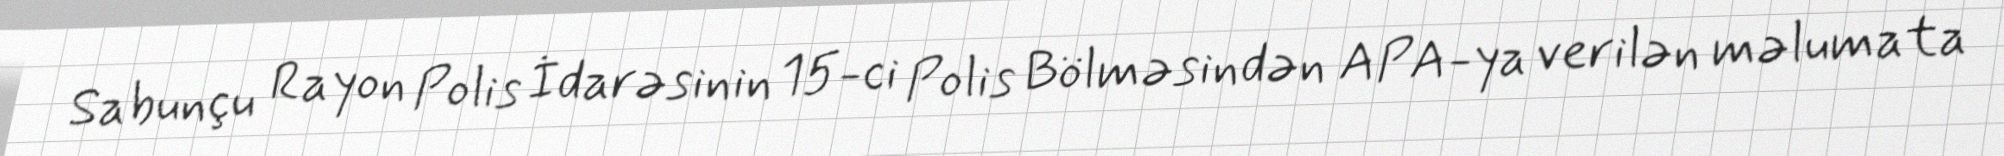
Sabunçu Rayon Polis İdarəsinin 15-ci Polis Bölməsindən APA-ya verilən məlumata